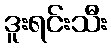
ဒူးရင်းသီး